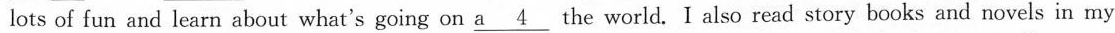
lots of fun and learn about what's going on \underline{a 4} the world. I also read story books and novels in my